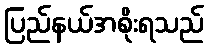
ပြည်နယ်အစိုးရသည်